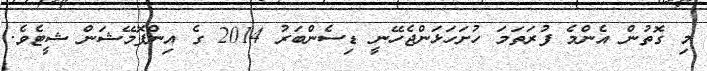
މި ގޮތުން އެންމެ ފުރަތަމަ ހުށަހަޅަންޖެހޭނީ ޑިސެންބަރު 2014 ގެ އިންފޮމޭޝަން ޝީޓެވެ.